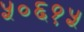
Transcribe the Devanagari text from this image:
५०६१५